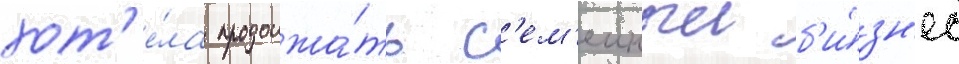
хот'е́ла продолжа́ть с'ем'еиныи б'и́зн'ес